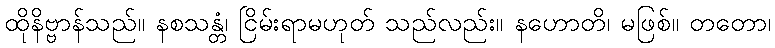
ထိုနိဗ္ဗာန်သည်။ နစသန္တံ၊ ငြိမ်းရာမဟုတ် သည်လည်း။ နဟောတိ၊ မဖြစ်။ တတော၊